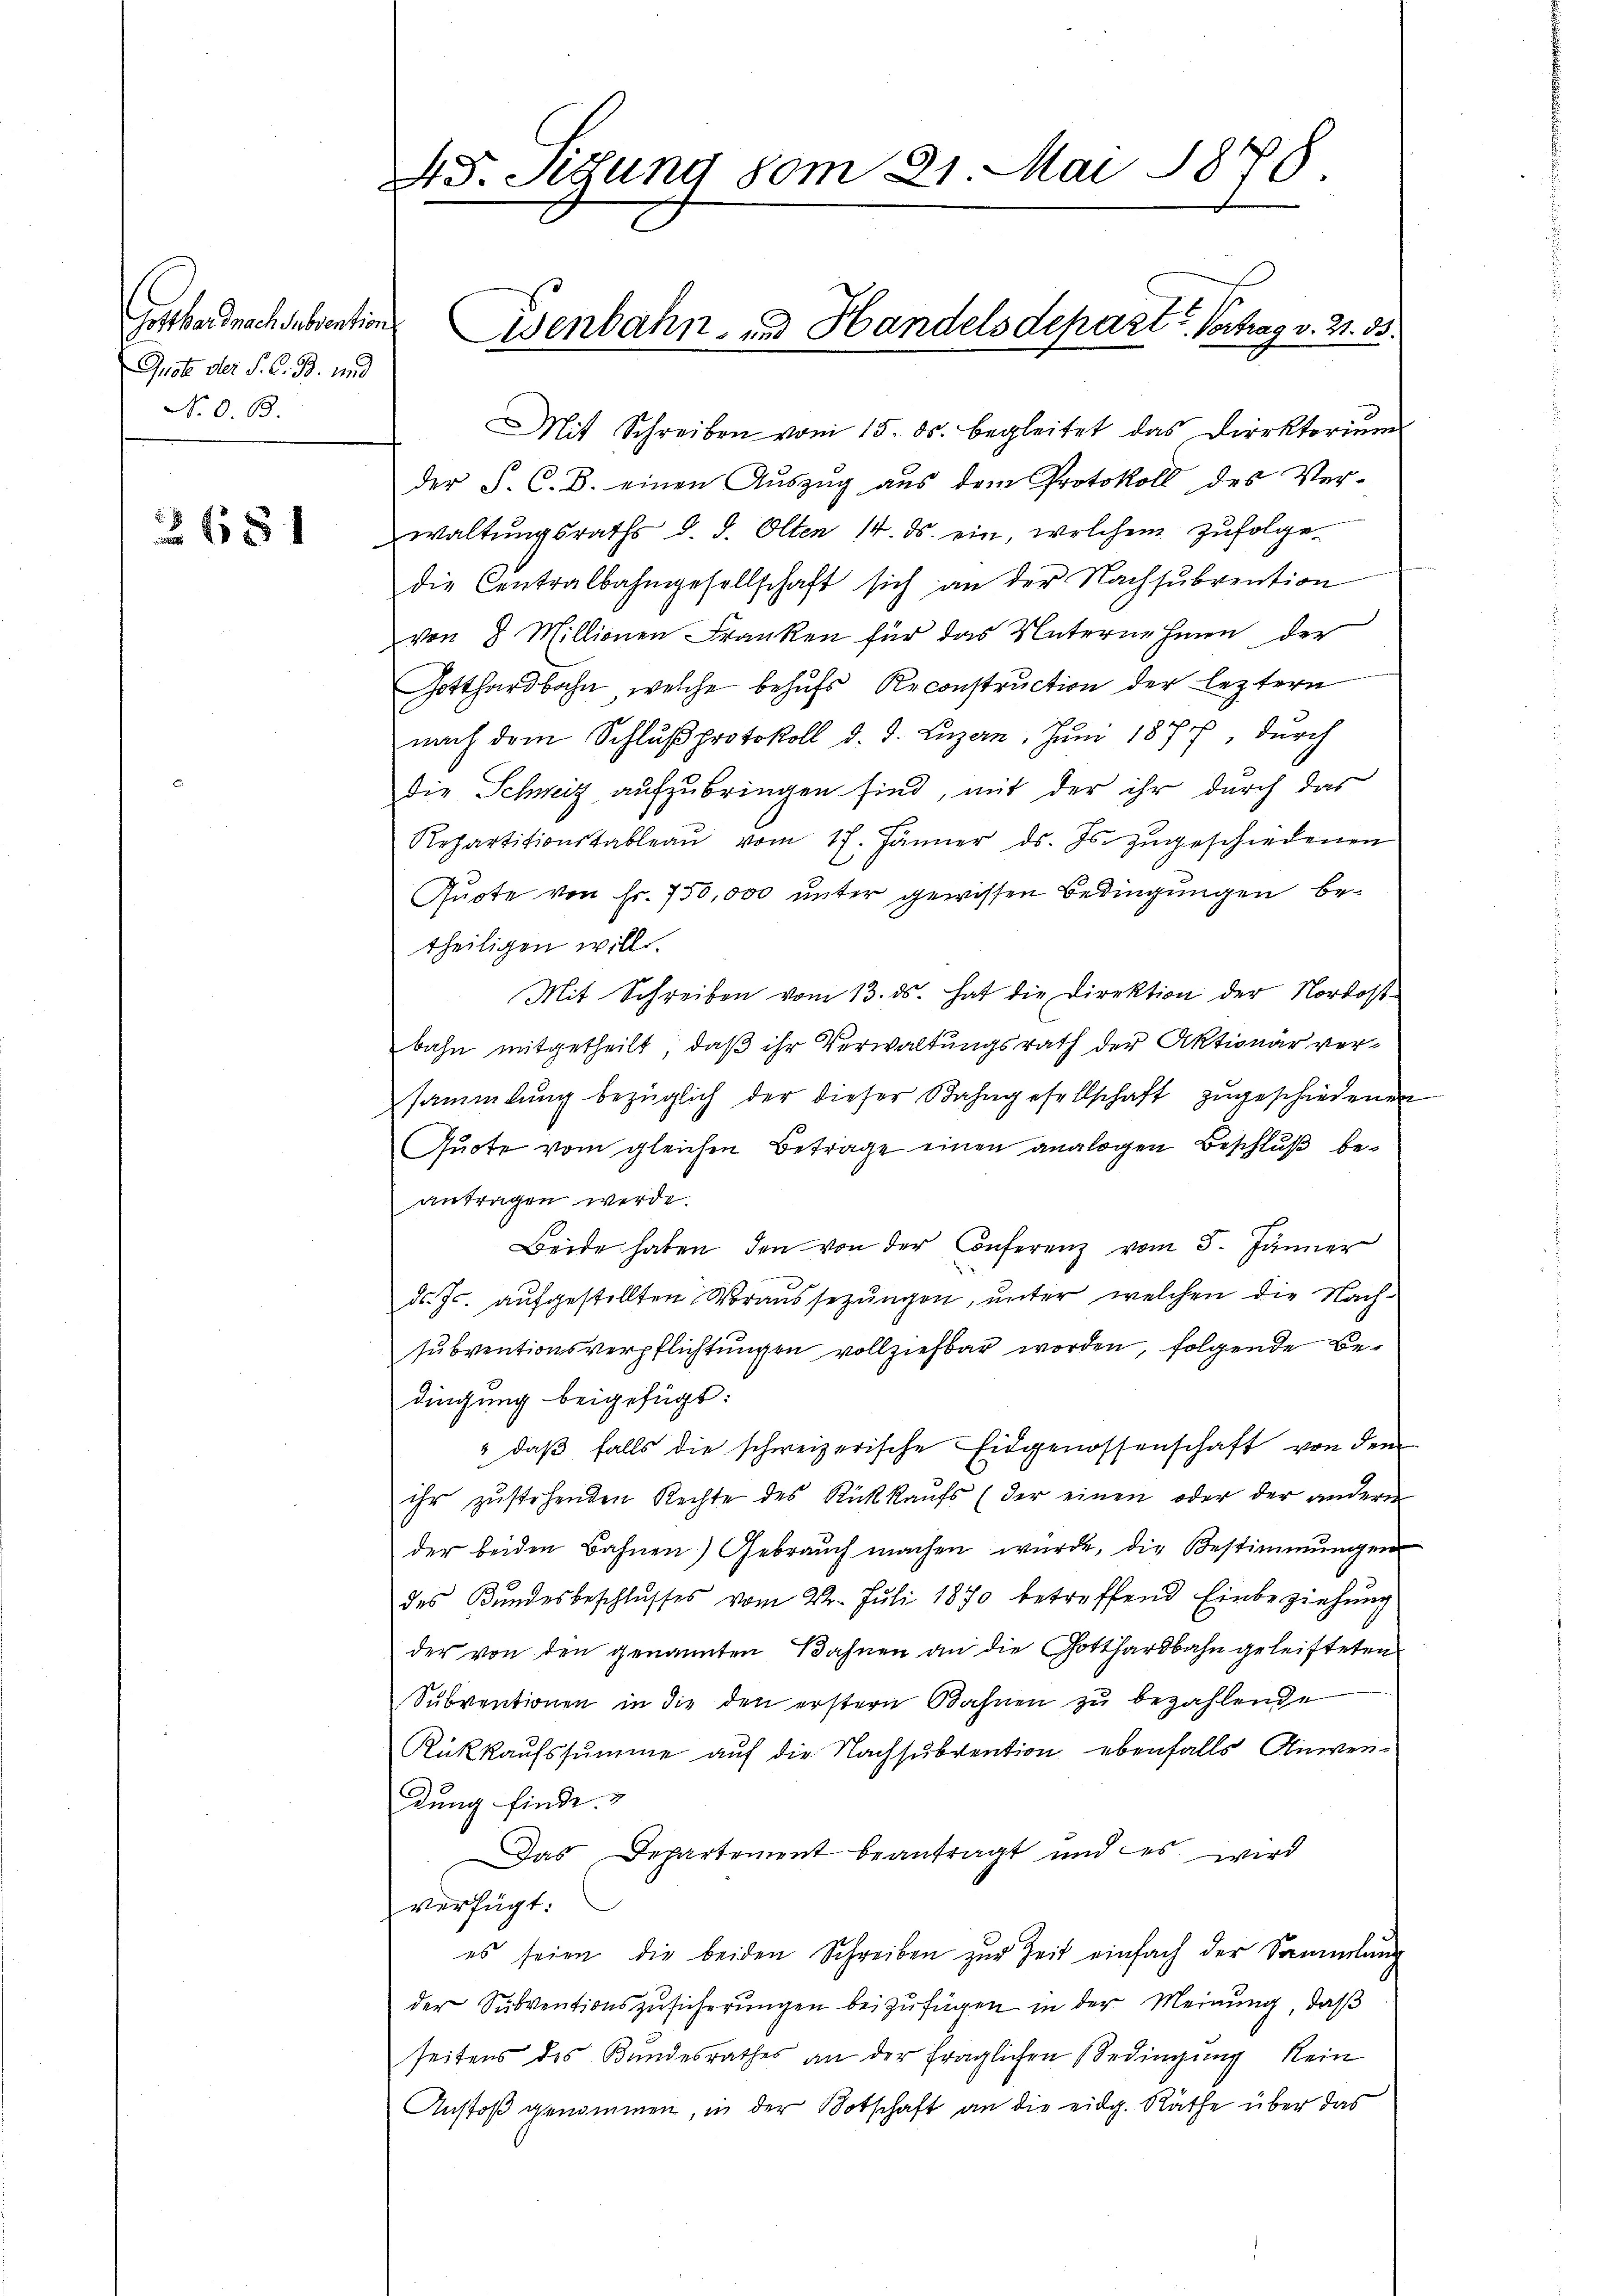
Gothandnachdebrention
Quote der P. C. B. und
N. O. B.

2681

45. Segung vom 21. Mai 1848

Mit Schreiben vom 15. ds. begleitet das Direktoriŭm
der S. C. B. einen Aŭszŭg aŭs dem Protokoll des Ver-
waltungsraths d. d. Olten 14. ds. ein, welchem zufolge
die Centralbahngesellschaft sich an der Nachsŭbvention
von 8 Millionen Franken für das Unternehmen der
Gotthardbahn, welche behufs Reconstruction der leztern
nach dem Schlŭβ protokoll d. d. Luzern, Juni 1877, durch
Die Schweiz aufzubringen sind, mit der ihr durch das
Repartitionskableau vom 17. Jänner ds. Js. zŭgeschiedenen
Quote von Fr. 750,000 unter gewissen Bedingungen betheiligen will.
Mit Schreiben vom 13. ds. hat die Direktion der Nordostbahn mitgetheilt, daß ihr Verwaltungsrath der Aktionär versammlung bezüglich der dieser Bahngesellschaft zŭgeschiedenen
Quote vom gleichen Betrage einen analogen Beschluß beantragen werde.
Beide haben, den von der Conferenz vom 5. Jänner
d. Js. aŭfgestellten Voraussetzŭngen, ŭnter welchen die Nach-
subventionsverpflichtungen vollziehbar worden, folgende Bedingung beigefügt:
" daβ falls die schweizerische Eidgenossenschaft von dem
ihr zustehenden Rechte des Rückkaufs (der einen oder der andere
der beiden Bahnen) Gebraŭch machen würde, die Bestimmungen
des Bŭndesbeschlŭsses vom 22. Jŭli 1870 betreffend Einbeziehŭng
der von den genannten Bahnen an die Gotthardbahn geleisteten
Subventionen in die den erstern Bahnen zu bezahlende
Rückkaufssumme auf die Nachsubvention ebenfalls Anwendung finde.
Das Departement beantragt und es wird
verfügt:
es seien die beiden Schreiben zŭr Zeit einfach der Sammlung
der Subventionszusicherŭngen beizufügen in der Meinung, daß
seitens des Bundesrathes an der fraglichen Bedingung kein
Anstoß genommen, in der Botschaft an die eidg. Räthe über das

Eisenbahn- und Handelsdepart u. Vortrag v. 21. 33.